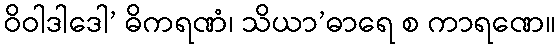
ဝိဝါဒါဒေါ’ ဓိကရဏံ၊ သိယာ’ဓာရေ စ ကာရဏေ။